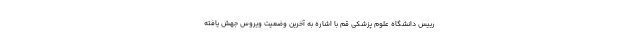
رییس دانشگاه علوم پزشکی قم با اشاره به آخرین وضعیت ویروس جهش یافته